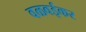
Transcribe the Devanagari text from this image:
वळवईकर